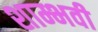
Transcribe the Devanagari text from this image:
शाम्भवी